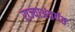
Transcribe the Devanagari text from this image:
राज्याअंतर्गत